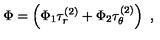
\Phi = \left( \Phi _ { 1 } \tau _ { r } ^ { ( 2 ) } + \Phi _ { 2 } \tau _ { \theta } ^ { ( 2 ) } \right) \ ,